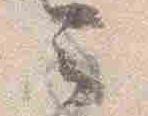
云